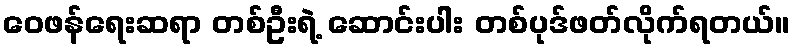
ဝေဖန်ရေးဆရာ တစ်ဦးရဲ့ ဆောင်းပါး တစ်ပုဒ်ဖတ်လိုက်ရတယ်။